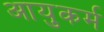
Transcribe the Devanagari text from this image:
आयुकर्म